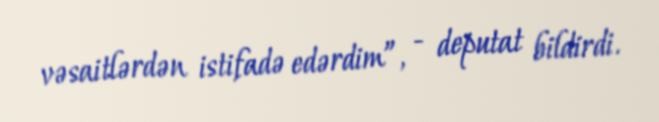
vəsaitlərdən istifadə edərdim”, - deputat bildirdi.